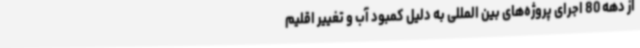
از دهه 80 اجرای پروژه‌های بین المللی به دلیل کمبود آب و تغییر اقلیم